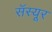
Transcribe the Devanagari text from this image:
सॅस्यूर